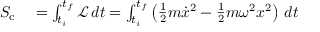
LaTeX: \begin{array} { r l } { S _ { \mathrm { c } } } & { { } = \int _ { t _ { i } } ^ { t _ { f } } { \mathcal { L } } \, d t = \int _ { t _ { i } } ^ { t _ { f } } \left( { \frac { 1 } { 2 } } m { \dot { x } } ^ { 2 } - { \frac { 1 } { 2 } } m \omega ^ { 2 } x ^ { 2 } \right) \, d t } \end{array}